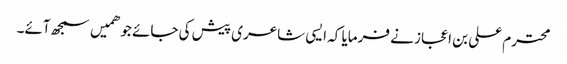
محترم علی بن اعجاز نے فرمایا کہ ایسی شاعری پیش کی جائے جو ھمیں سمجھ آئے۔